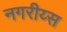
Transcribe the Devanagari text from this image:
नगरीय्स